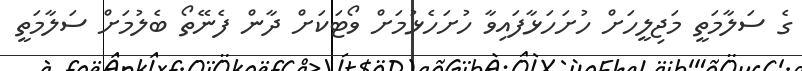
ގެ ސަލާމަތީ މަޖިލީހަށް ހުށަހަޅާފައިވާ ހުށަހެޅުމަށް ވޯޓަކަށް ދާން ފެނޭތޯ ބެލުމަށް ސަލާމަތީ